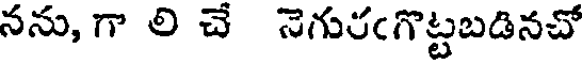
నను, గా లి చే నెగురఁగొట్టబడినచో